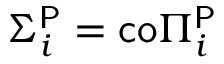
\Sigma _ { i } ^ { \mathsf { P } } = { \mathsf { c o } } \Pi _ { i } ^ { \mathsf { P } }